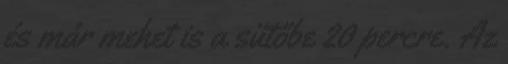
és már mehet is a sütőbe 20 percre. Az